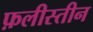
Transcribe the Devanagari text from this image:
फ़लीस्तीन